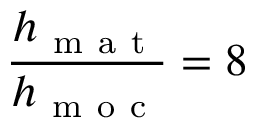
\frac { h _ { \mathrm { ~ m ~ a ~ t ~ } } } { h _ { \mathrm { ~ m ~ o ~ c ~ } } } = 8